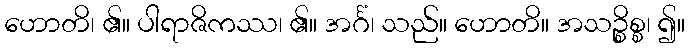
ဟောတိ၊ ၏။ ပါရာဇိကဿ၊ ၏။ အင်္ဂံ၊ သည်။ ဟောတိ။ အသဉ္စိစ္စ၊ ၍။